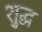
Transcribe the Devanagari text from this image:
शु्द्ध